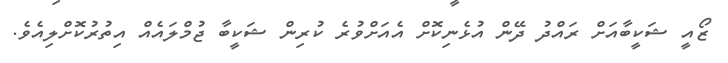
ޒޯއީ ޝަކީބާއަށް ރައްދު ދޭން އުޅެނިކޮށް އެއަށްވުރެ ކުރިން ޝަކީބާ ޖުމްލައެއް އިތުރުކޮށްލިއެވެ.